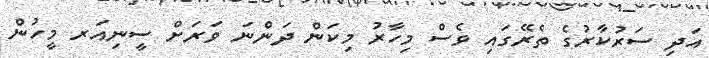
އަދި ސަރުކާރުގެ ތެރޭގައި ވެސް މިހާރު މިކަން ދަންނަ ވަރަށް ސީނިއަރ މީހުން